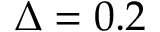
\Delta = 0 . 2